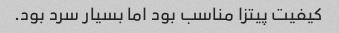
کیفیت پیتزا مناسب بود اما بسیار سرد بود.